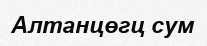
Алтанцөгц сум